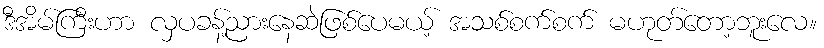
ဒီအိမ်ကြီးဟာ လှပခန့်ညားနေဆဲဖြစ်ပေမယ့် အသစ်စက်စက် မဟုတ်တော့ဘူးလေ။